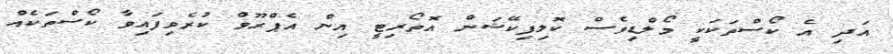
އަދި އެ ކޯސްތަކަކީ މޯލްޑިވެސް ކޮލިފިކޭޝަން އޮތޯރިޓީ އިން އެޕްރޫވް ކުރެވިފައިވާ ކޯސްތަކެއް